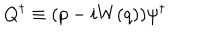
LaTeX: Q ^ { \dagger } \equiv ( p - i W ( q ) ) \psi ^ { \dagger }